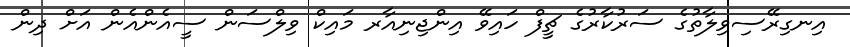
އިނގިރޭސިވިލާތުގެ ސަރުކާރުގެ ޗީފް ހައިވޭ އިންޖިނިއާރ މައިކް ވިލްސަން ސީއެންއެން އަށް ދިން